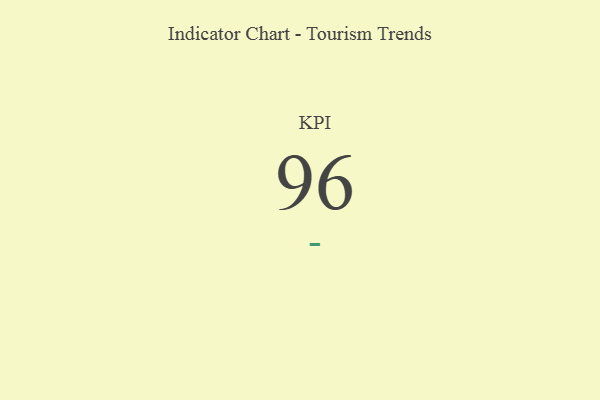
{"axis": {"x": "KPI", "y": "Value"}, "legend": [""], "data": [{"x": "KPI", "y": 96, "type": ""}]}